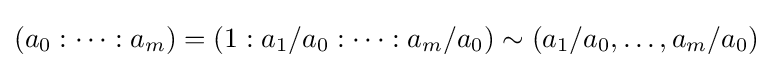
(a_{0}:\dots :a_{m})=(1:a_{1}/a_{0}:\dots :a_{m}/a_{0})\sim (a_{1}/a_{0},\dots ,a_{m}/a_{0})